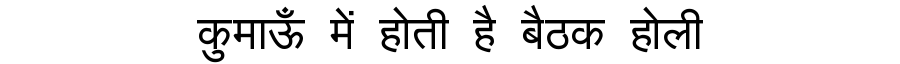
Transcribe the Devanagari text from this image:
कुमाऊँ में होती है बैठक होली